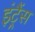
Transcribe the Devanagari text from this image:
इंट्रैंस